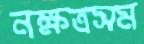
নক্ষত্রসম